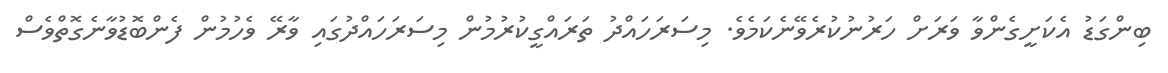
ބިންގަޑު އެކަށީގެންވާ ވަރަށް ހަރުނުކުރެވޭނެކަމެވެ. މިސަރަހައްދު ތަރައްގީކުރުމުން މިސަރަހައްދުގައި ވާރޭ ވެހުމުން ފެންބޮޑުވާނެގޮތްވެސް